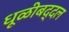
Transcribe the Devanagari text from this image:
धूळीबद्दल